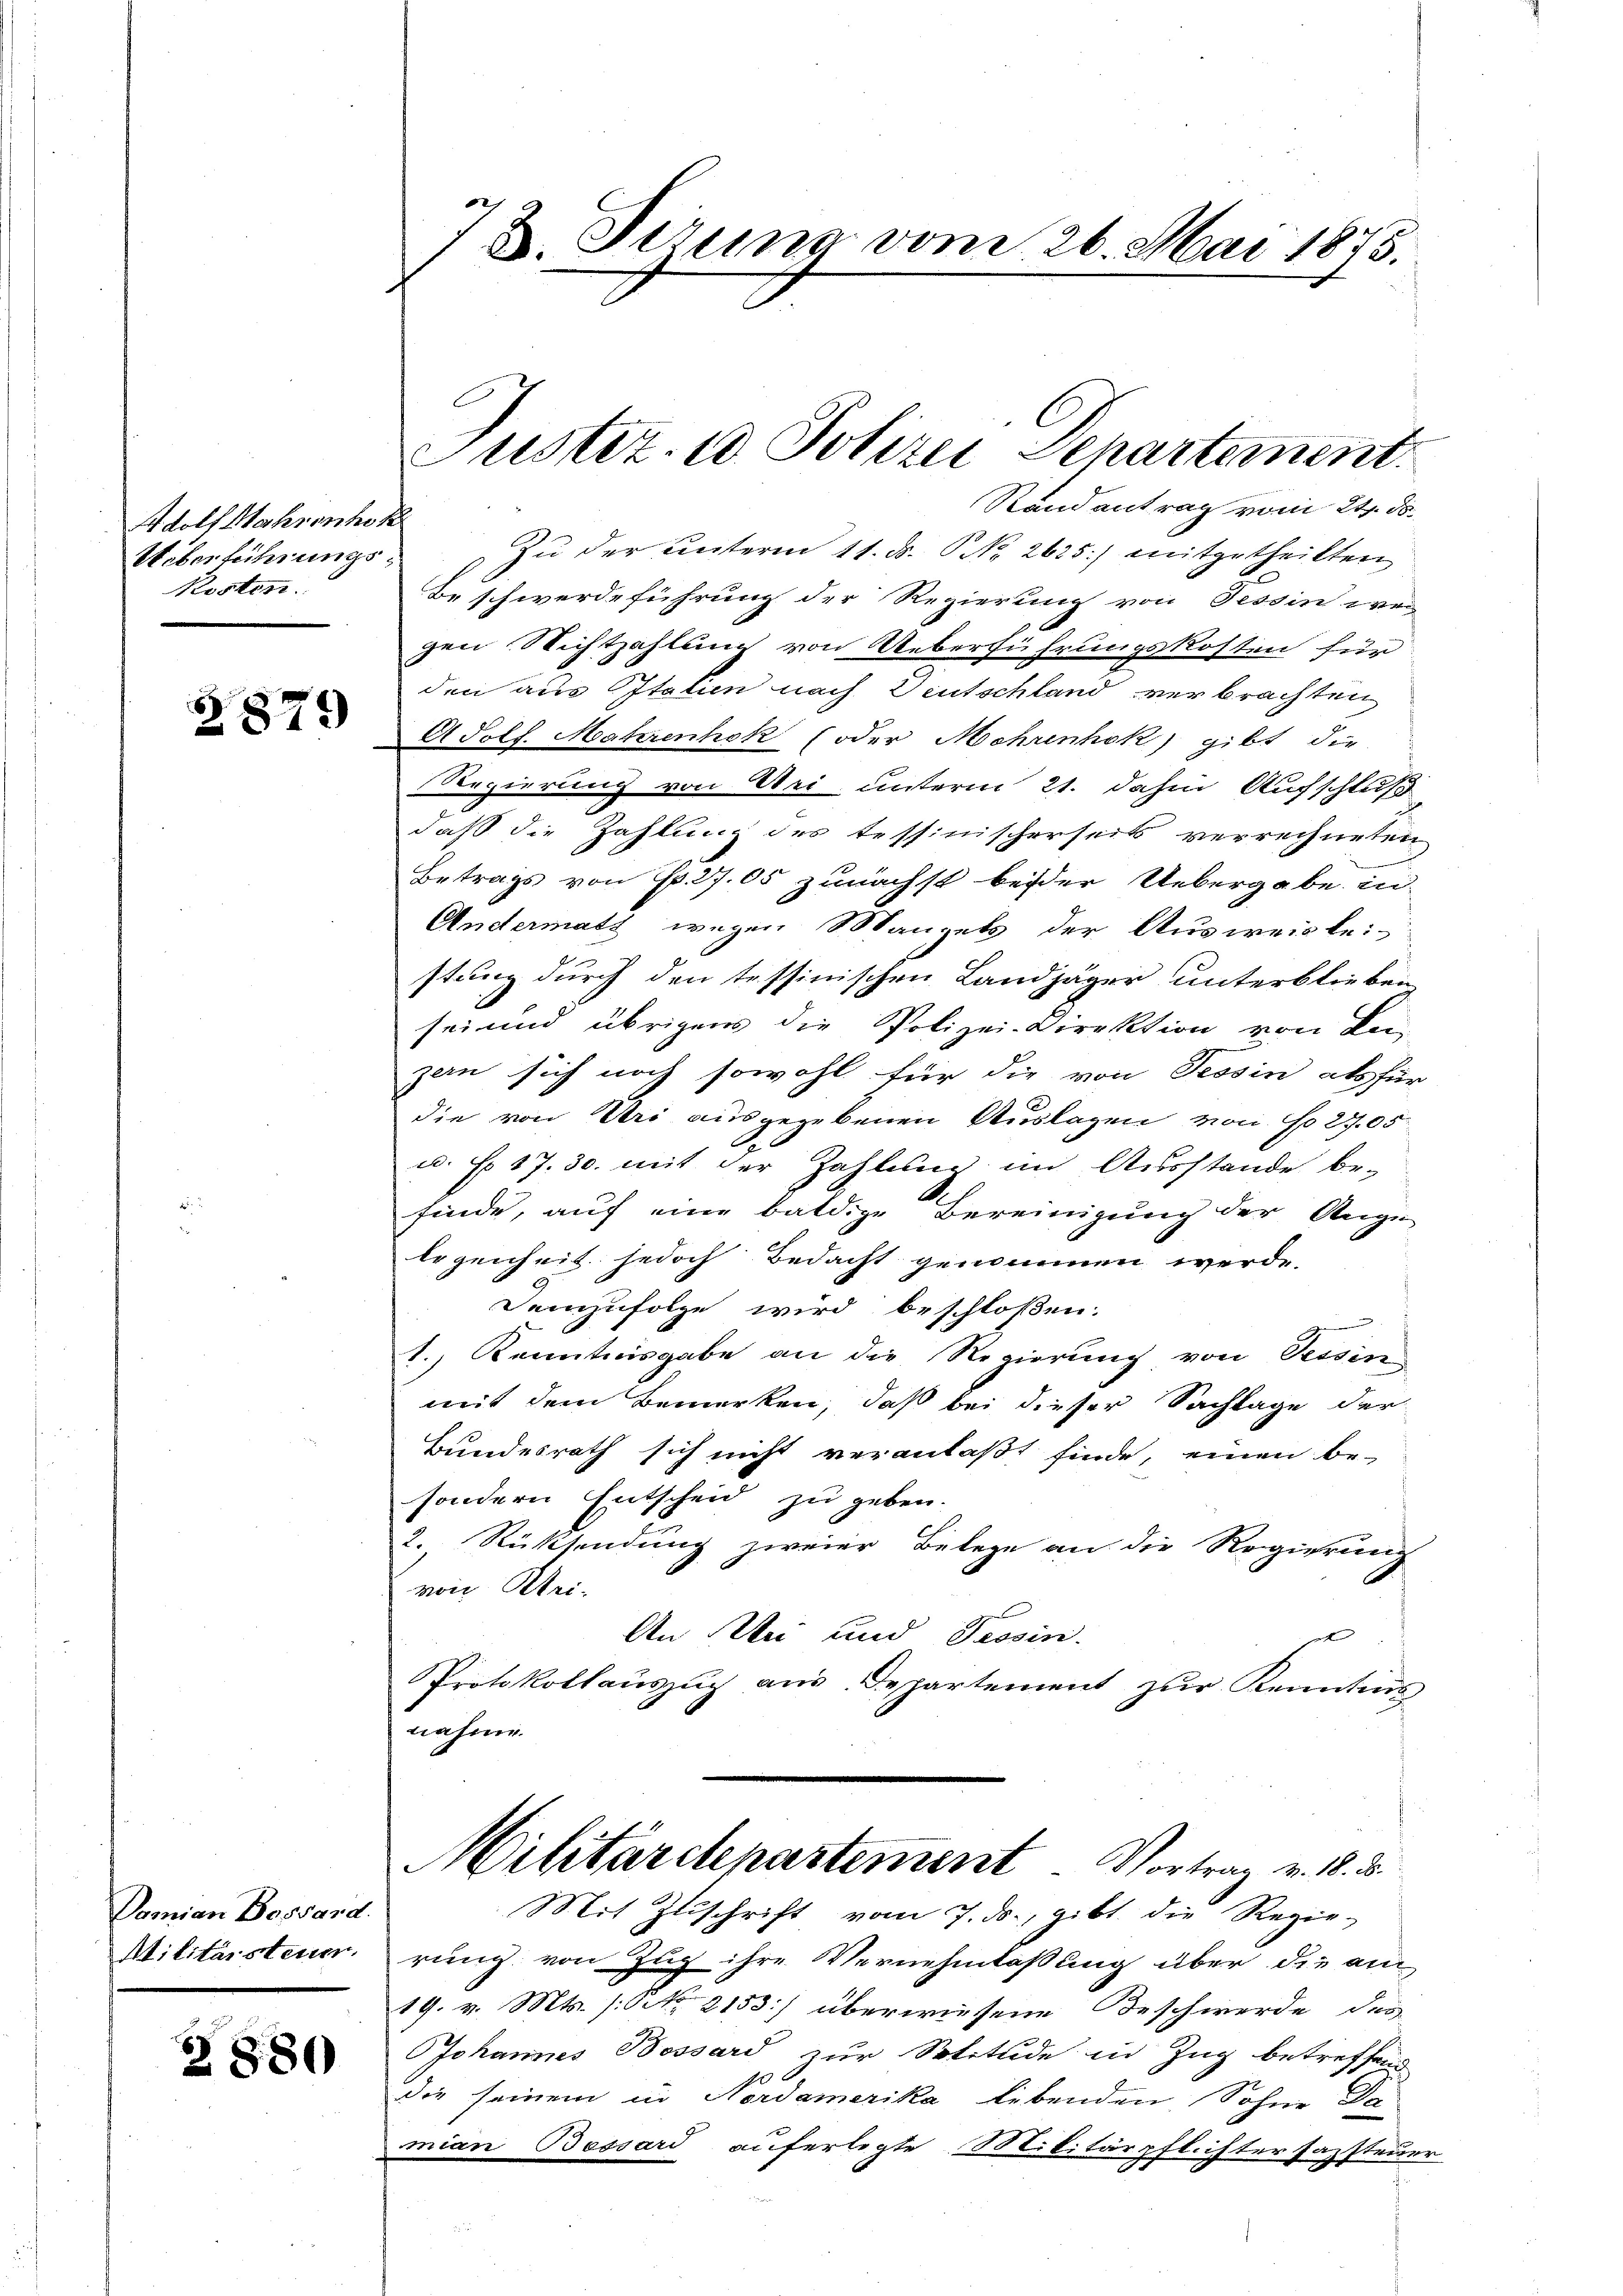
Adolf Makronho
Ueberführungs¬
Kosten.

§879

Damian Bossard.
Militärsteuer.

Z 880

7 8. Jerung vom 26. Mai 1875.

Justiz- & Polizei Departement.

Randantrag vom 24. ds.
Zu der unterm 11. ds. P. Nr. 2625.) mitgetheilten
Be schwerdeführung der Regierung von Tessin wei
gen Nichtzahlung von Ueberführungskosten für
den aus Italien nach Deutschland verbrachten
APolf. Materenhok (oder Mohrenhok) gibt die
Regierung von Uri unterm 21. dahin Aufschluß
daß die Zahlung des tessinischerseits verrechneten
Betrags von Fr. 27. 65 zunächst beider Uebergabe in
Andermats wegen Mangels der Ausweislei-
stung durch den tessinischen Landjäger unterblieben
sei und übrigen die Polizei-Direktion von Leizen sich noch sowohl für die von Tessin als für
die von Uri ausgegebenen Auslagen von No 27.05
t
u. No. 17. 30. mit der Zahlung im Ausstande be-
finde, auf eine baldige Bereinigung der Auge
legenheit jedoch Bedacht genommen werde.
Demzufolge wird beschloßen:
1.) Kenntnisgabe an die Regierung von Tessin
mit dem Bemerken, daß bei dieser Sachlage der
Bundesrath sich nicht veranlaßt finde, einen be-
sondern Entscheid zu geben.
2. Rücksendung zweier Belege an die Regierung
von Klei¬
An Mai und Tessin.
Protokollauszug aus. Departement zur Kenntnis
nahme.
Militärdepartement Vortrag v. 18. d.
Mit Zuschrift vom 7. ds., gibt die Regie-
rung von Zug ihre Vernehmlassung über die am
19. v. Mts. (NNo. 2153] überwiesene Beschwerde des
Johannes Bossard zur Stetude in Zug betreffend
die seinem in Nordamerika libenden Sohne Da
mian Bessard auferlegte Militärpflichtersazsteuer